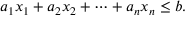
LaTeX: a _ { 1 } x _ { 1 } + a _ { 2 } x _ { 2 } + \cdots + a _ { n } x _ { n } \leq b .